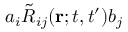
a _ { i } \tilde { R } _ { i j } ( { \bf { r } } ; t , t ^ { \prime } ) b _ { j }